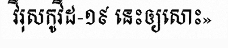
វីរុសកូវីដ-១៩ នេះឲ្យសោះ»